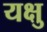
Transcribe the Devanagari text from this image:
यक्षु